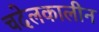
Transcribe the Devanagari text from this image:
चदेलकालीन